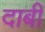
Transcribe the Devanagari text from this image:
दाबी